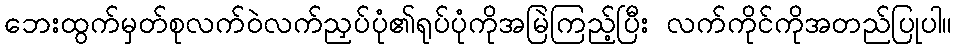
ဘေးထွက်မှတ်စုလက်ဝဲလက်ညှပ်ပုံ၏ရုပ်ပုံကိုအမြဲကြည့်ပြီး လက်ကိုင်ကိုအတည်ပြုပါ။